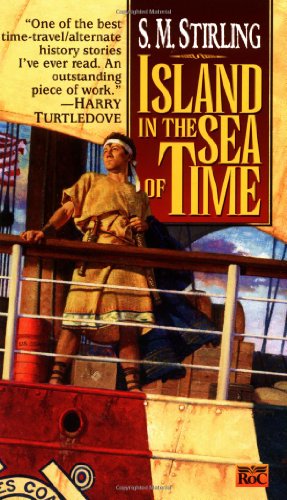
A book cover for Island in the Sea of Time; S. M. Stirling; Science Fiction & Fantasy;